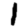
Digit: 1